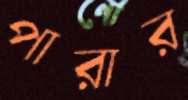
পারার